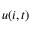
u ( i , t )